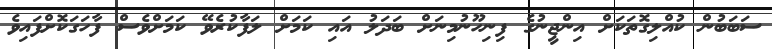
ސަބަބުން ކުއްލިގޮތަކަށް އިންޖީނުގެ ފިނިހޫނުމިނަށް ބަދަލު އައި ކަމަށް ލަފާކުރެވޭ ކަމަށްވެސް ފާހަަގަކޮށްފައިވެ